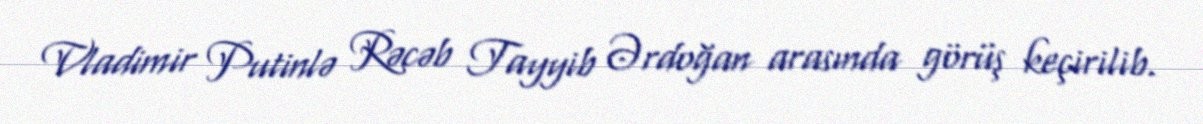
Vladimir Putinlə Rəcəb Tayyib Ərdoğan arasında görüş keçirilib.